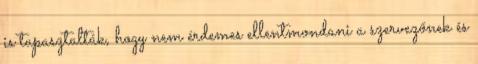
is tapasztalták, hogy nem érdemes ellentmondani a szervezőnek és